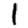
Digit: 1